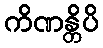
ကိဏန္တိပိ